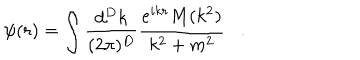
LaTeX: \psi ( r ) = \int \frac { d ^ { D } k } { ( 2 \pi ) ^ { D } } \frac { e ^ { i k r } M ( k ^ { 2 } ) } { k ^ { 2 } + m ^ { 2 } } .